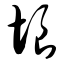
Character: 垠